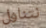
نتناول